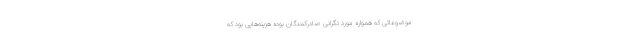
موضوعاتی که همواره مورد نگرانی صادرکنندگان بوده هزینه‌هایی بود که